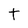
Character: t